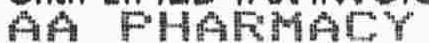
AA PHARMACY